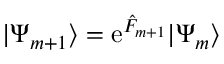
| \Psi _ { m + 1 } \rangle = \mathrm { e } ^ { { \hat { F } } _ { m + 1 } } | \Psi _ { m } \rangle